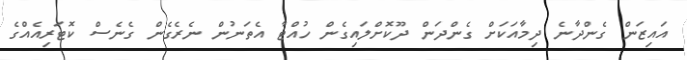
އައިޒަން ގެންދާނެ ދިމާއަކަށް ގެންދަން ދޫކޮށްލައިގެން ހުއްޓާ އެތަނުން ނެރެގެން ގެނެސް ކޮޓަރިއެއްގެ